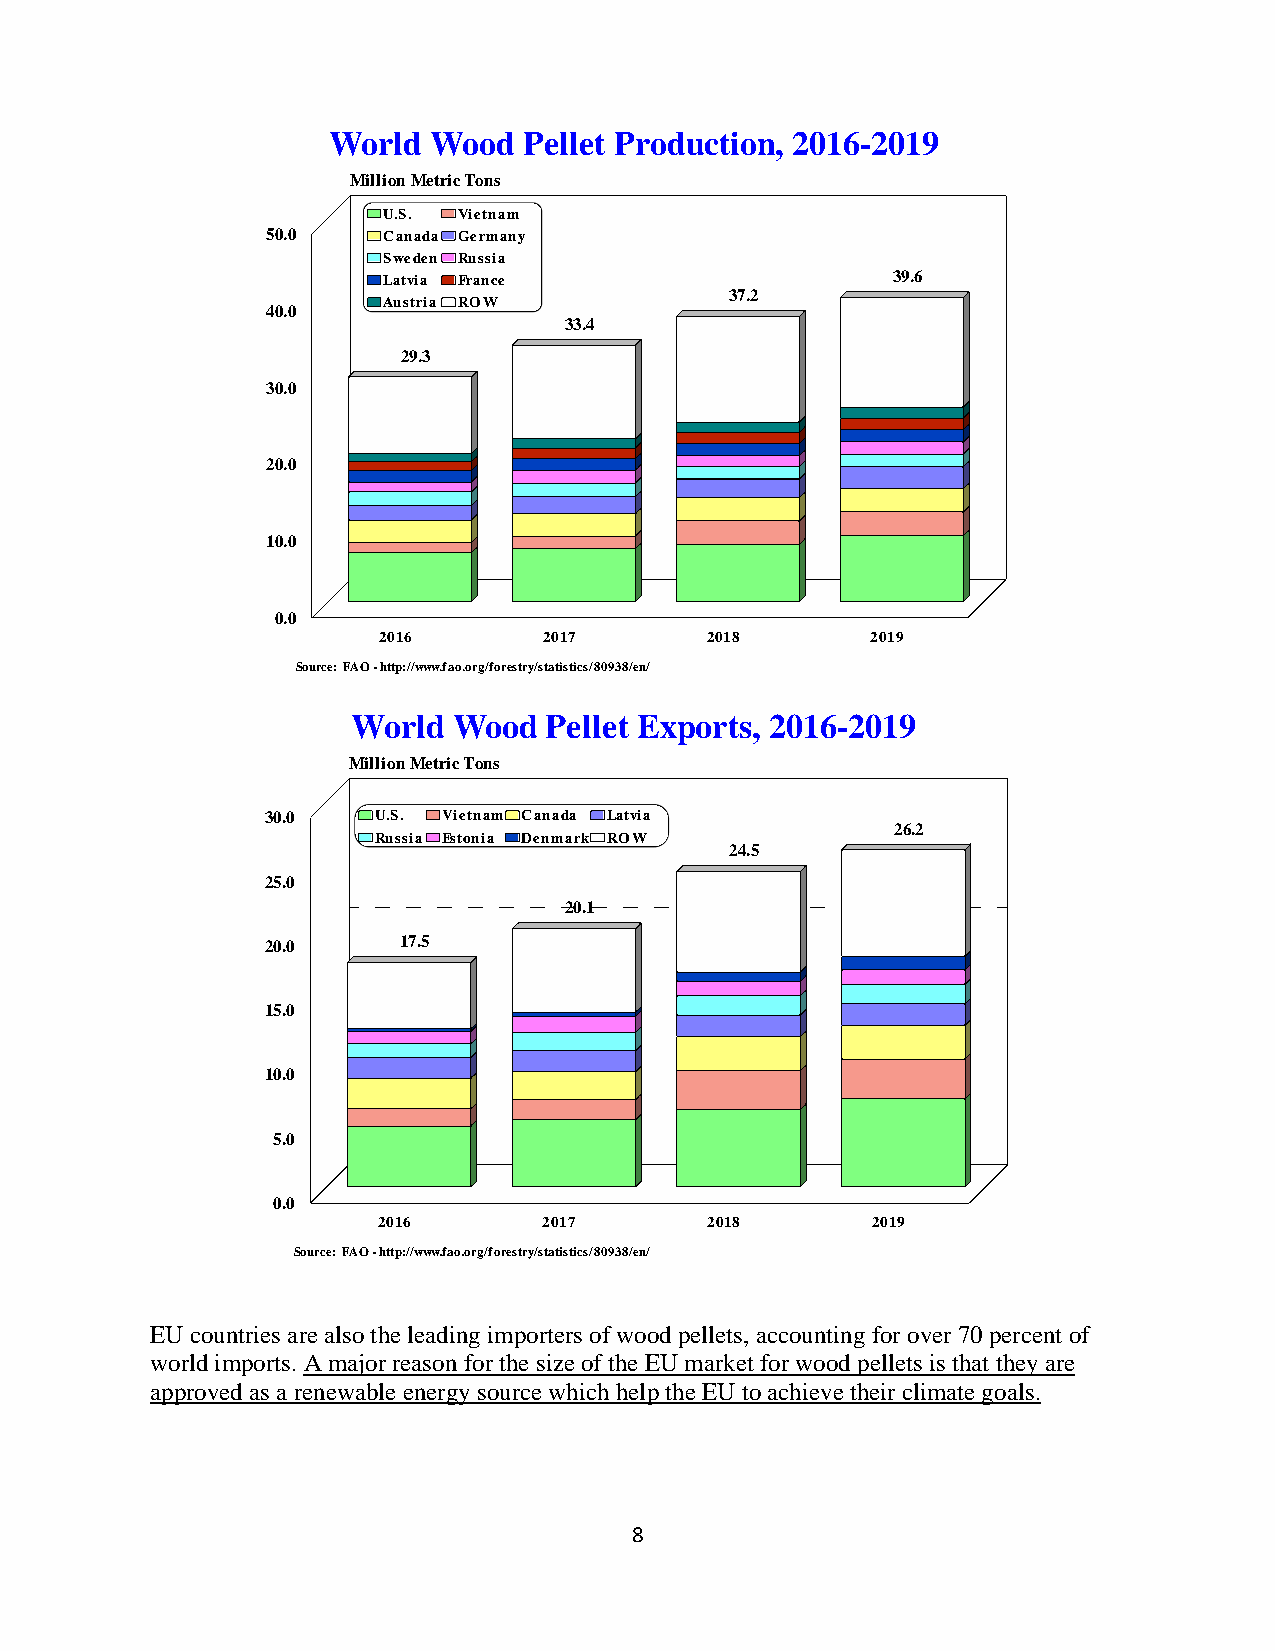
World  Wood  Pellet Exports, 2016-2019
 Million Metric Tons
 30.0   U.S. Vietnam Canada Latvia
 26.2
 Russia Estonia Denmark ROW
 24.5
 25.0
 20.1
 20.0    17.5
 15.0
 10.0
 5.0
 0.0
 2016       2017       2018       2019
 Source: FAO - http://www.fao.org/forestry/statistics/80938/en/
 EU countries are also the leading importers of wood pellets, accounting for over 70 percent of
 world imports. A major reason for the size of the EU market for wood pellets is that they are
 approved as a renewable energy source which help the EU to achieve their climate goals.
 8
 5
 4
 3
 2
 1
 0
 0
 0
 0
 0
 0
 .0
 .0
 .0
 .0
 .0
 .0
 S o u
 W
 rce: F
 M
 A
 o r l d W o o d P e l l e t
 illio n M e tr ic T o n s
 U .S . V ie tn a m
 C a n a d a G e r m a n y
 S w e d e n R u s s ia
 L a tv ia F r a n c e
 A u s tr ia R O W
 3 3 .4
 2 9 .3
 2 0 1 6    2 0 1 7
 O - h ttp ://w w w .fa o .o rg /fo restry/sta tistics/8 0 9
 P
 3 8
 r
 /en
 o
 /
 d u c
 2
 t i o
 3 7 .2
 0 1 8
 n , 2 0 1 6 - 2
 2 0
 0 1
 3 9 .6
 1 9
 9